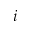
_ i